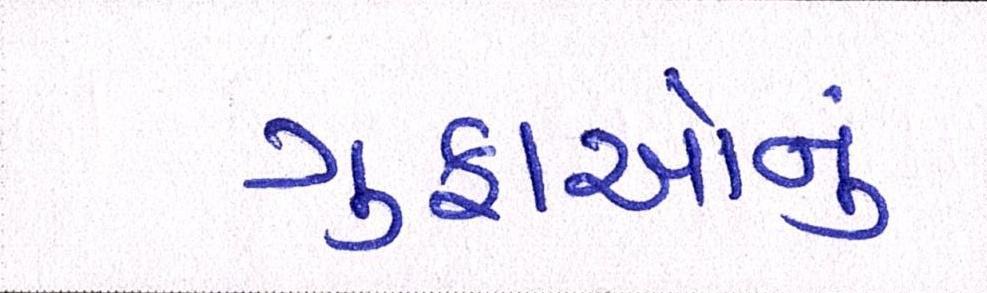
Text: ગુફાઓનું